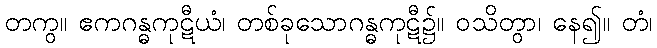
တကွ။ ဧကဂန္ဓကုဋီယံ၊ တစ်ခုသောဂန္ဓကုဋီ၌။ ဝသိတွာ၊ နေ၍။ တံ၊